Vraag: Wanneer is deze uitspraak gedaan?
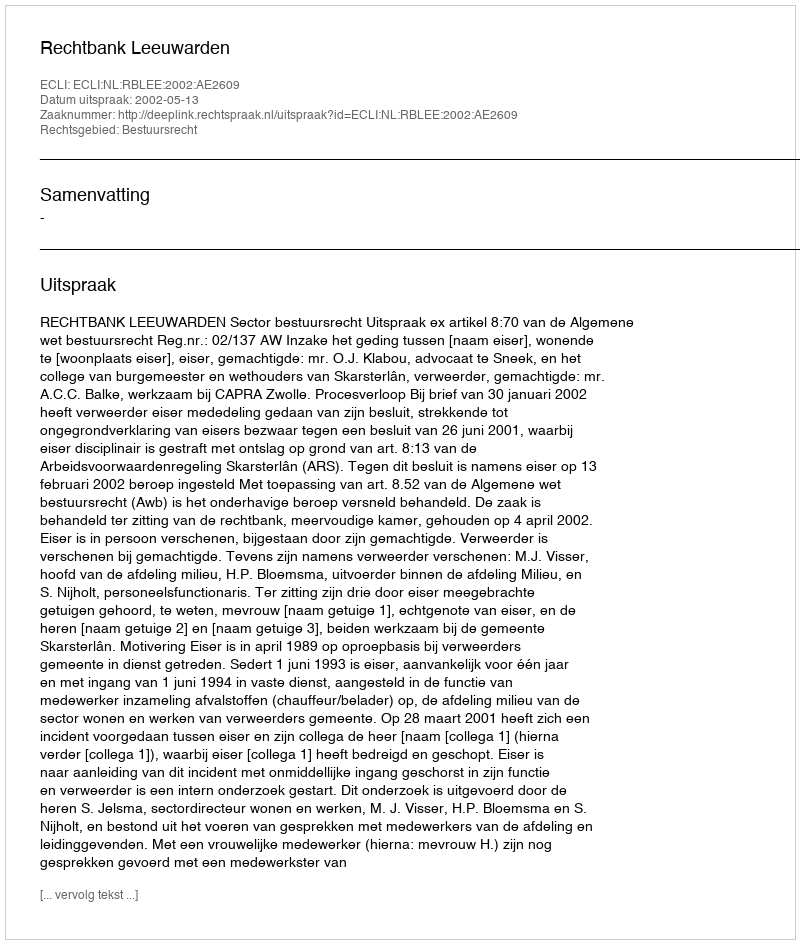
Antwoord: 2002-05-13